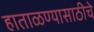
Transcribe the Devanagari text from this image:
हाताळण्यासाठीचे